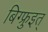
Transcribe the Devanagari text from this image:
बिग्फ्रुइत्